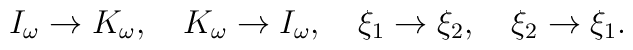
I_{\omega }\rightarrow K_{\omega },\quad K_{\omega }\rightarrow I_{\omega},\quad \xi _{1}\rightarrow \xi _{2},\quad \xi _{2}\rightarrow \xi _{1}.